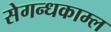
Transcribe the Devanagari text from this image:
सेगन्धकाम्ल